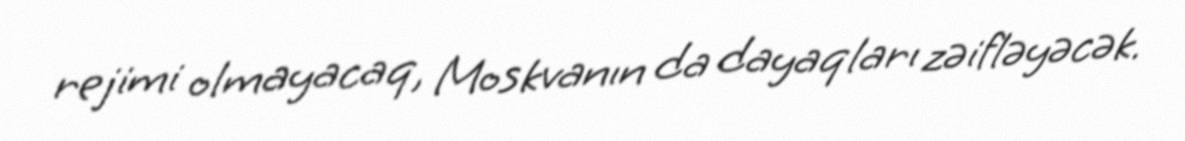
rejimi olmayacaq, Moskvanın da dayaqları zəifləyəcək.